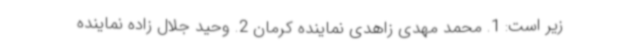
زیر است: 1. محمد مهدی زاهدی نماینده کرمان 2. وحید جلال زاده نماینده